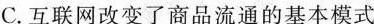
C.互联网改变了商品流通的基本模式